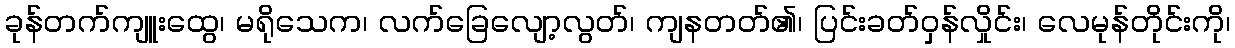
ခုန်တက်ကျူးထွေ၊ မရိုသေက၊ လက်ခြေလျော့လွတ်၊ ကျနတတ်၏၊ ပြင်းခတ်ဝှန်လှိုင်း၊ လေမုန်တိုင်းကို၊